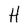
Character: H